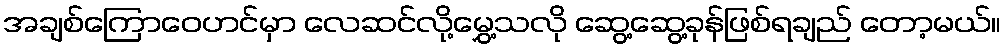
အချစ်ကြောဝေဟင်မှာ လေဆင်လို့မွှေ့သလို ဆွေ့ဆွေ့ခုန်ဖြစ်ရချည် တော့မယ်။